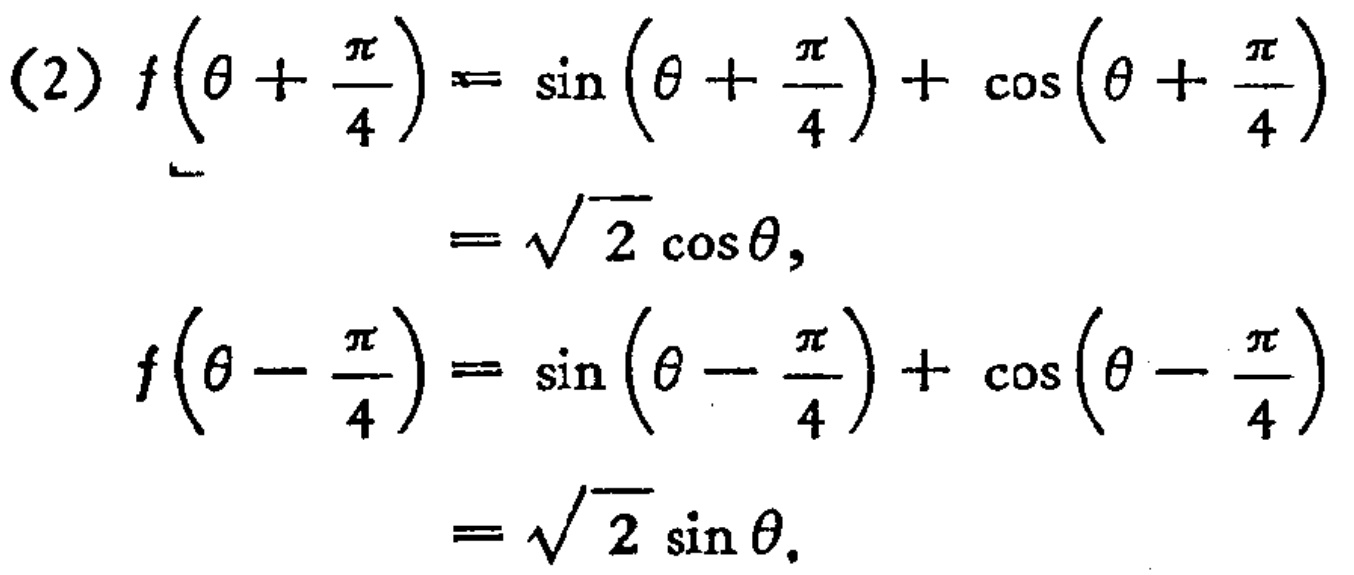
\begin{align*}

(2)f\left(\theta+\frac{\pi}{4}\right)&=\sin\left(\theta+\frac{\pi}{4}\right)+\cos\left(\theta+\frac{\pi}{4}\right)\\

&=\sqrt{2}\cos\theta,\\

f\left(\theta - \frac{\pi}{4}\right)&=\sin\left(\theta-\frac{\pi}{4}\right)+\cos\left(\theta-\frac{\pi}{4}\right)\\

&=\sqrt{2}\sin\theta.

\end{align*}